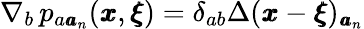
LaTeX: \nabla_{b}\, p_{a{\pmb a}_{n}}({\pmb x},{\pmb\xi})=\delta_{ab}\Delta({\pmb x}-{\pmb\xi})_{{\pmb a}_{n}}